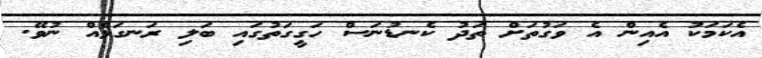
އެކަމަކު އެއިން އެ ވަގުތަށް ތަދު ކެނޑުނަސް ހަގީގަތުގައި ބަލި ރަނގަޅެއް ނުވޭ.